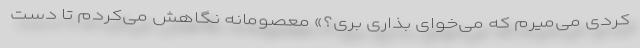
کردی می‌میرم که می‌خوای بذاری بری؟» معصومانه نگاهش می‌کردم تا دست